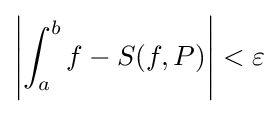
\left|\int _{a}^{b}f-S(f,P)\right|<\varepsilon